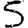
Digit: 5